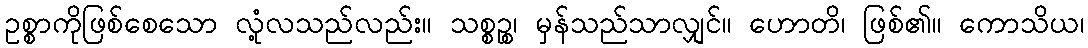
ဥစ္စာကိုဖြစ်စေသော လုံ့လသည်လည်း။ သစ္စဉ္စ၊ မှန်သည်သာလျှင်။ ဟောတိ၊ ဖြစ်၏။ ကောသိယ၊